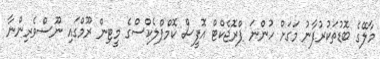
މާލޭގެ ބޮޑުތަކުރުފާނު މަގަށް ހުންނަ ޕްރޮޖެކްޓް އޮފީސް ކޮމްޕްލެކްސްގެ މީޓިން ރޫމްގައި ނޫސްވެރިންނާ